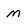
Character: M